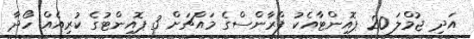
އަދި ޖުމްލަ 20 ޕޮއިންޓާއެކު ފްރާންސްގެ މައްޗަށް 3 ޕޮއިންޓުގެ ކުރިއެއް ހޯދާ